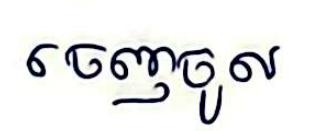
ចេញចូល